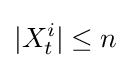
|X_{t}^{i}|\leq n